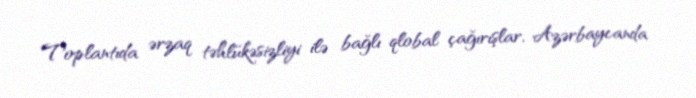
Toplantıda ərzaq təhlükəsizliyi ilə bağlı qlobal çağırışlar, Azərbaycanda